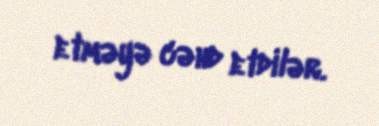
etməyə cəhd etdilər.